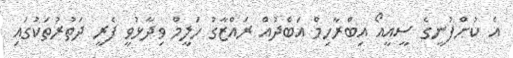
އެ ކުންފުނީގެ ސީއީއޯ އިބްރާހިމް އަބްދުއް ރައްޒާގު ހަލީމް ވިދާޅުވީ ފެރީ ދަތުރުތަކުގައި